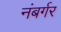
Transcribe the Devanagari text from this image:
नंबर्गर